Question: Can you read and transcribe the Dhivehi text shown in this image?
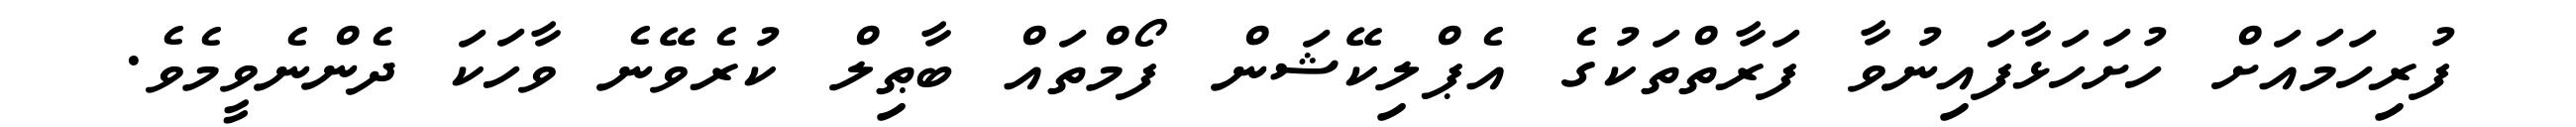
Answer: ފުރިހަމައަށް ހުށަހަޅާފައިނުވާ ފަރާތްތަކުގެ އެޕްލިކޭޝަން ފޯމްތައް ބާޠިލް ކުރެވޭނެ ވާހަކަ ދެންނެވީމެވެ.